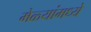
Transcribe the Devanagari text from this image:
मेळ्यांमध्ये